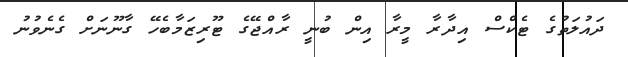
ދައުލަތުގެ ޓެކްސް އިދާރާ މީރާ އިން ބުނީ ރާއްޖޭގެ ޓޫރިޒަމާބެހޭ ގާނޫނަށް ގެނެވުނު